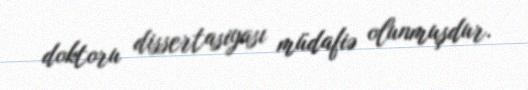
doktoru dissertasiyası müdafiə olunmuşdur.